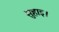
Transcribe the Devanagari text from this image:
सुहाइ।